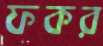
ফকর